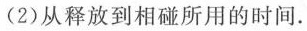
(2)从释放到相碰所用的时间。